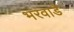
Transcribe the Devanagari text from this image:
भरवाडे